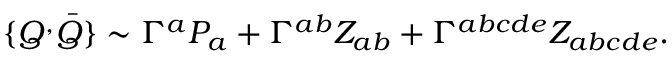
\{ Q ^ { , } \bar { Q } \} \sim \Gamma ^ { a } P _ { a } + \Gamma ^ { a b } Z _ { a b } + \Gamma ^ { a b c d e } Z _ { a b c d e } .